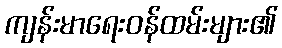
ကျန်းမာရေးဝန်ထမ်းများ၏